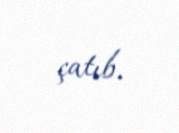
çatıb.